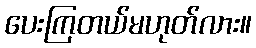
ပေးကြတယ်မဟုတ်လား။